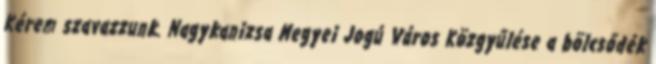
Kérem szavazzunk. Nagykanizsa Megyei Jogú Város Közgyűlése a bölcsődék